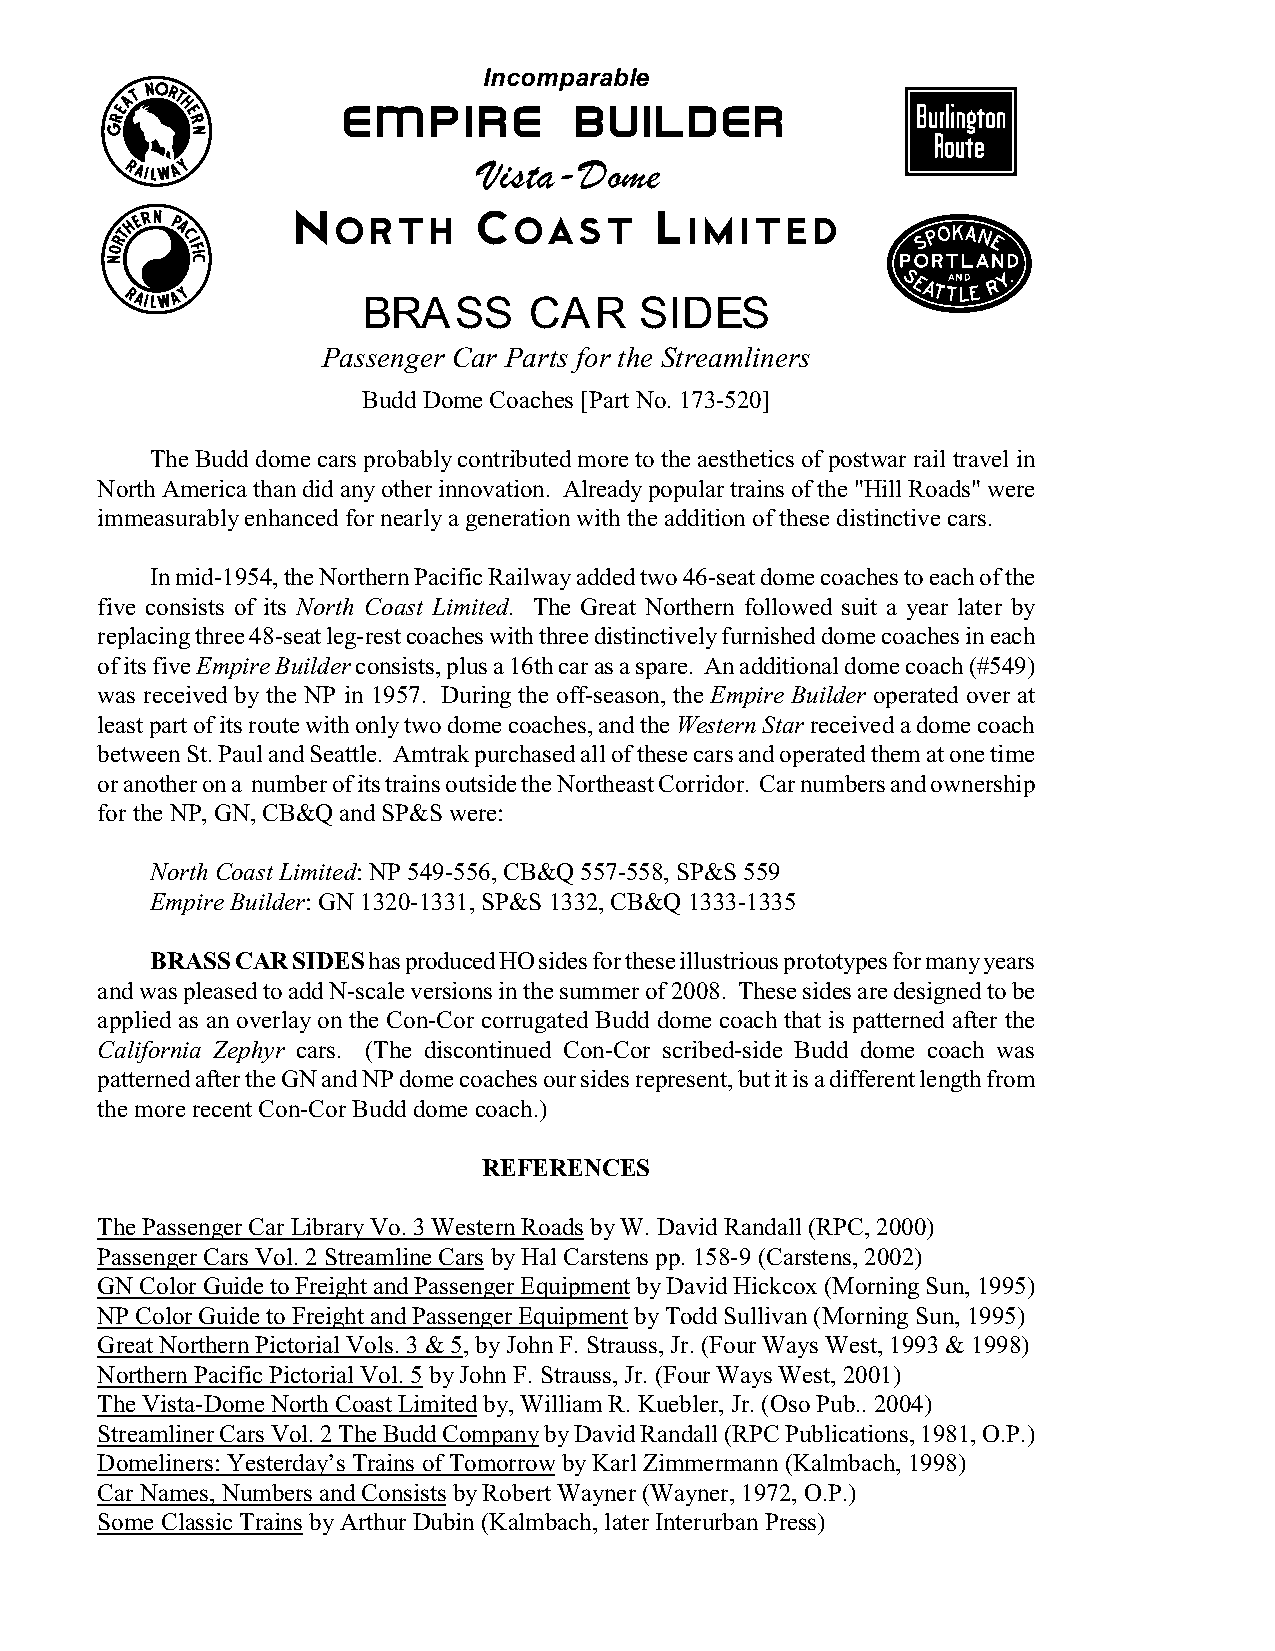
Incomparable
 r
 k
 empire         builder
 Vista-Dome
 e            North       Coast       Limited
 q
 BRASS      CAR    SIDES
 Passenger Car Parts for the Streamliners
 Budd Dome Coaches [Part No. 173-520]
 The Budd dome cars probably contributed more to the aesthetics of postwar rail travel in
 North America than did any other innovation. Already popular trains of the "Hill Roads" were
 immeasurably enhanced for nearly a generation with the addition of these distinctive cars.
 In mid-1954, the Northern Pacific Railway added two 46-seat dome coaches to each of the
 five consists of its North Coast Limited. The Great Northern followed suit a year later by
 replacing three 48-seat leg-rest coaches with three distinctively furnished dome coaches in each
 of its five Empire Builder consists, plus a 16th car as a spare. An additional dome coach (#549)
 was received by the NP in 1957. During the off-season, the Empire Builder operated over at
 least part of its route with only two dome coaches, and the Western Star received a dome coach
 between St. Paul and Seattle. Amtrak purchased all of these cars and operated them at one time
 or another on a number of its trains outside the Northeast Corridor. Car numbers and ownership
 for the NP, GN, CB&Q and SP&S were:
 North Coast Limited: NP 549-556, CB&Q 557-558, SP&S 559
 Empire Builder: GN 1320-1331, SP&S 1332, CB&Q 1333-1335
 BRASS CAR SIDES has produced HO sides for these illustrious prototypes for many years
 and was pleased to add N-scale versions in the summer of 2008. These sides are designed to be
 applied as an overlay on the Con-Cor corrugated Budd dome coach that is patterned after the
 California Zephyr cars. (The discontinued Con-Cor scribed-side Budd dome coach was
 patterned after the GN and NP dome coaches our sides represent, but it is a different length from
 the more recent Con-Cor Budd dome coach.)
 REFERENCES
 The Passenger Car Library Vo. 3 Western Roads by W. David Randall (RPC, 2000)
 Passenger Cars Vol. 2 Streamline Cars by Hal Carstens pp. 158-9 (Carstens, 2002)
 GN Color Guide to Freight and Passenger Equipment by David Hickcox (Morning Sun, 1995)
 NP Color Guide to Freight and Passenger Equipment by Todd Sullivan (Morning Sun, 1995)
 Great Northern Pictorial Vols. 3 & 5, by John F. Strauss, Jr. (Four Ways West, 1993 & 1998)
 Northern Pacific Pictorial Vol. 5 by John F. Strauss, Jr. (Four Ways West, 2001)
 The Vista-Dome North Coast Limited by, William R. Kuebler, Jr. (Oso Pub.. 2004)
 Streamliner Cars Vol. 2 The Budd Company by David Randall (RPC Publications, 1981, O.P.)
 Domeliners: Yesterday’s Trains of Tomorrow by Karl Zimmermann (Kalmbach, 1998)
 Car Names, Numbers and Consists by Robert Wayner (Wayner, 1972, O.P.)
 Some Classic Trains by Arthur Dubin (Kalmbach, later Interurban Press)